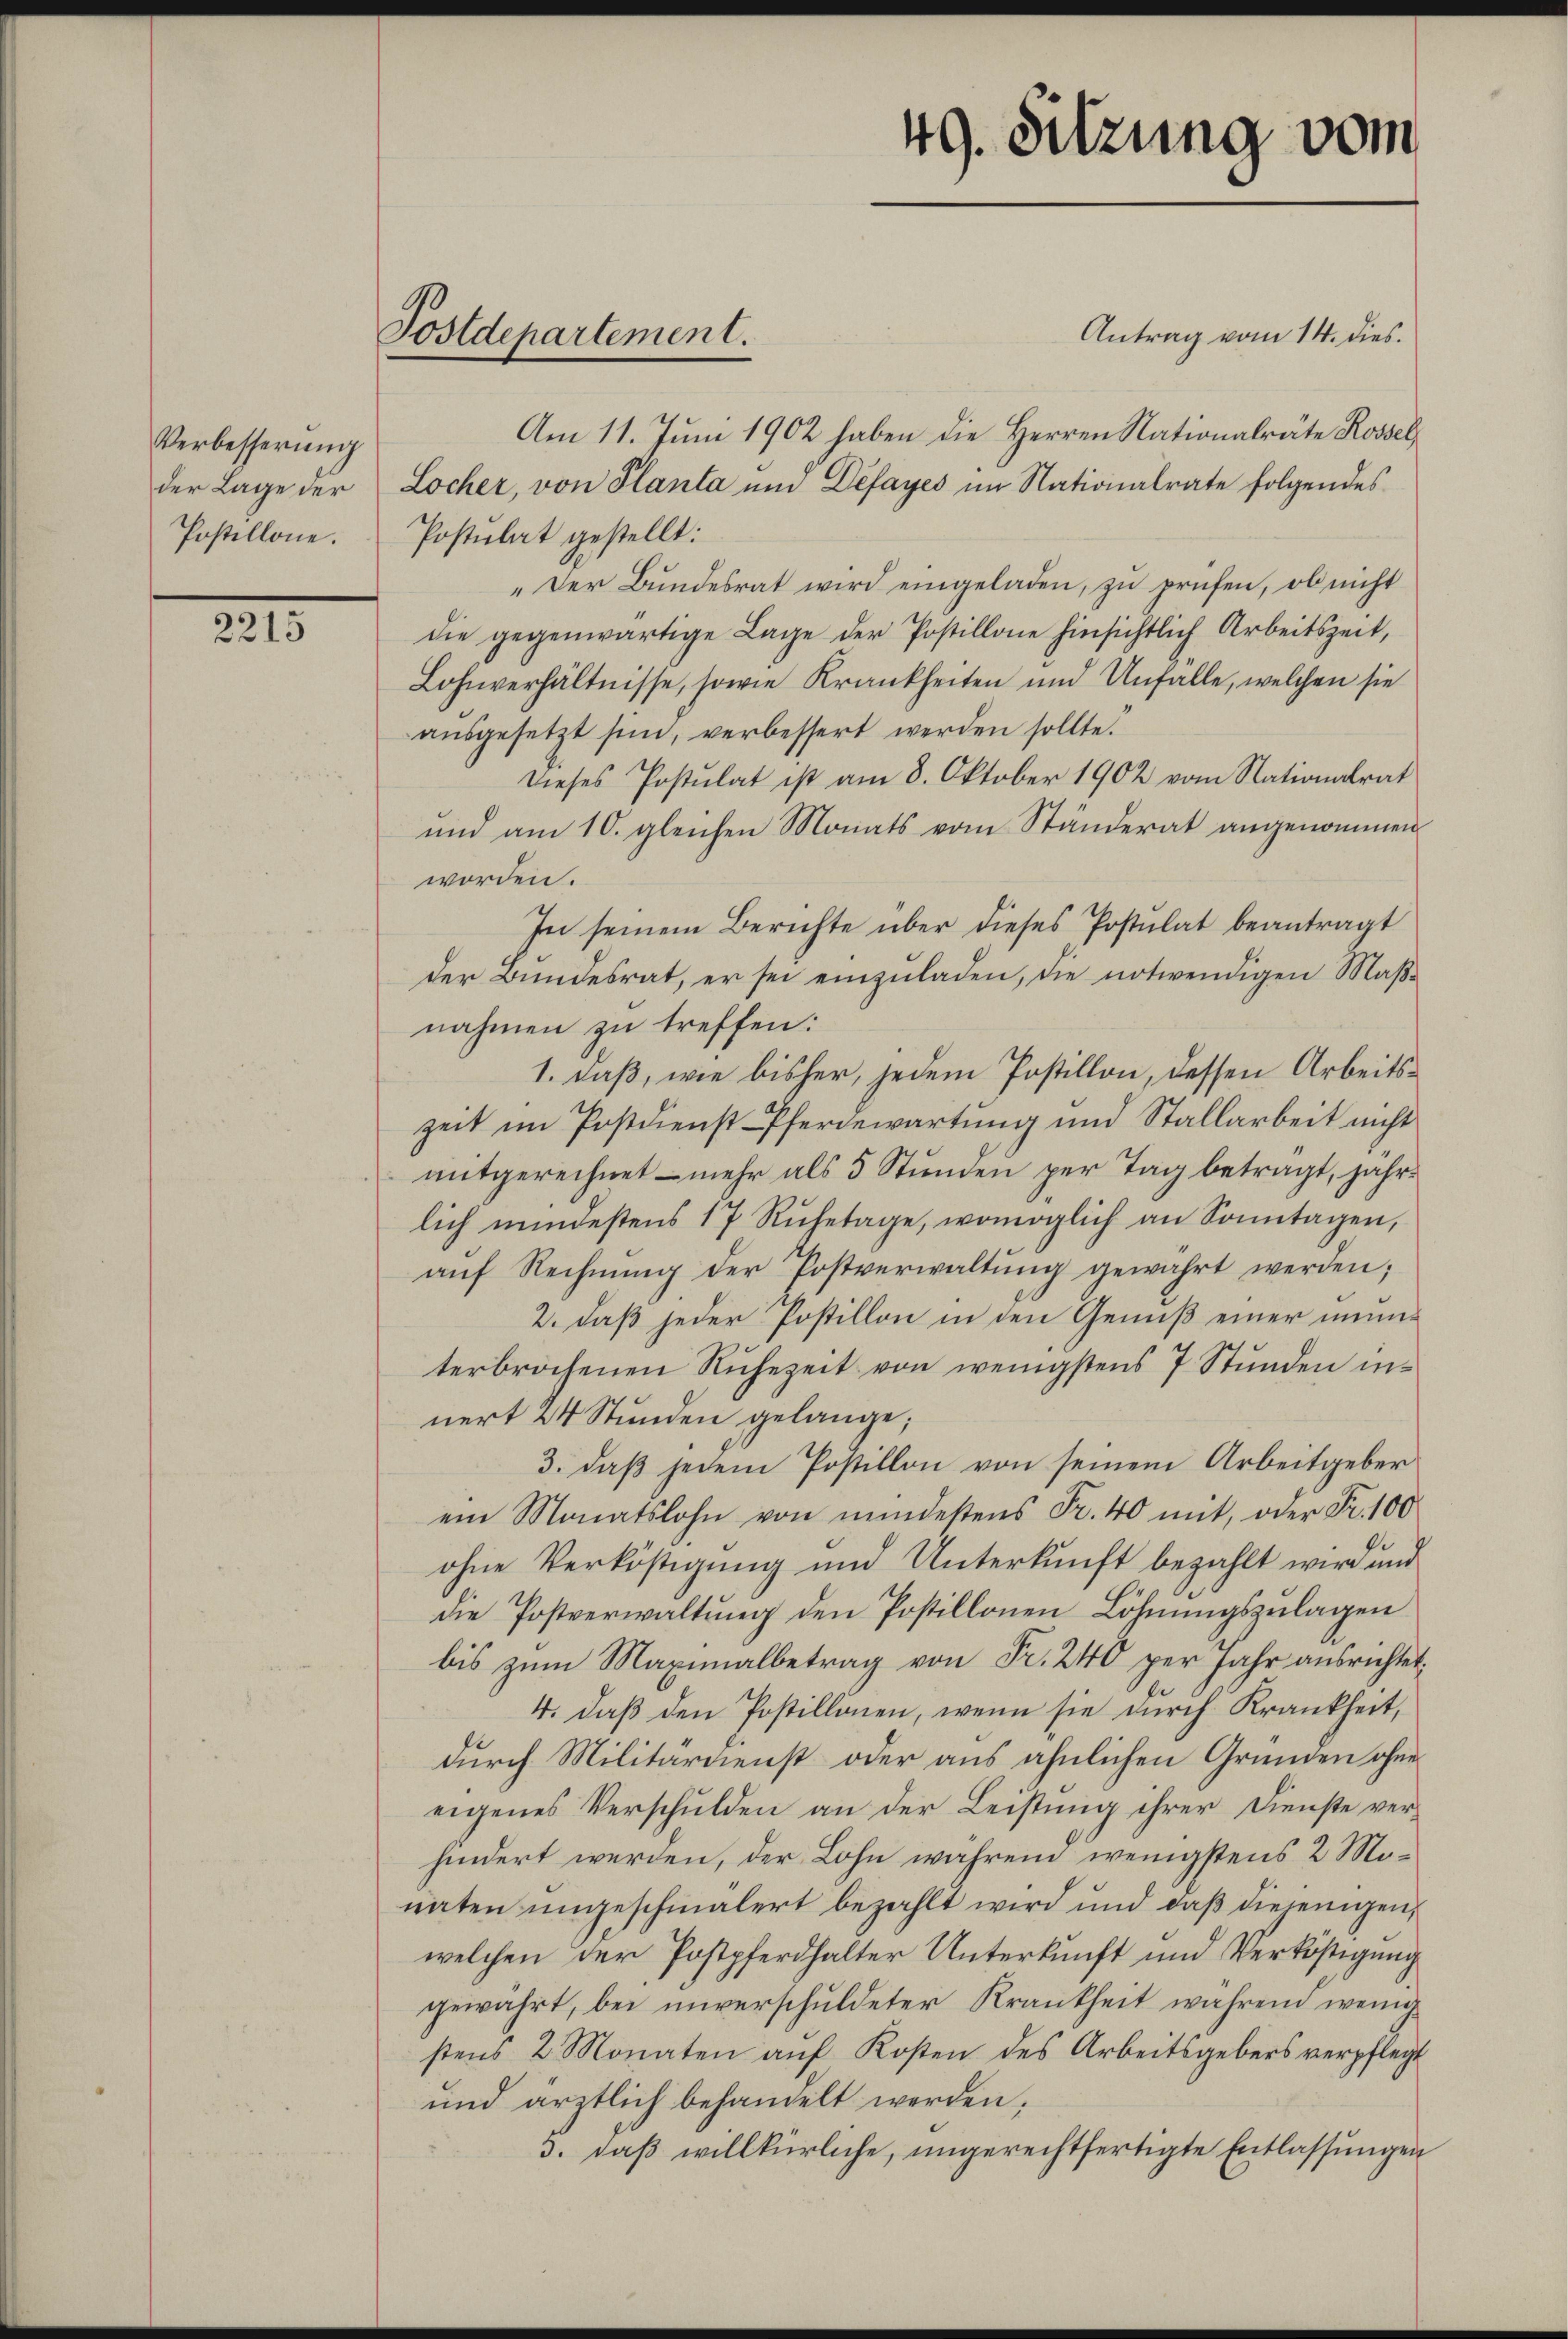
Verbesserung
der Lage der
Postillone.

2215

Postdepartement.

Antrag vom 14. dies.
Am 11. Juni 1902 haben die Herren Nationalräte Rossel
Locher, von Planta um Défayes im Nationalrate folgendes
Postulat gestellt:
"Der Bundesrat wird eingeladen, zu prüfen, ob nicht
die gegenwärtige Lage der Postillone hinsichtlich Arbeitszeit,
Lohnverhältnisse, sowie Krankheiten und Unfalle, welchen sie
ausgesetzt sind, verbessert werden sollte?
Dieses Postulat ist am 8. Oktober 1902 vom Nationalrat
und am 10. gleichen Monats vom Ständerat angenommen
worden.
In seinem Berichte über dieses Postulat beantragt
der Bundesrat, er sei einzŭladen, die notwendigen Maßnahmen zu treffen:
1. daß, wie bisher, jedem Postillon, dessen Arbeitszeit im Postdienst Pferdewartung und Stallarbeit nicht
mitgerechnet - mehr als 5 Stunden per Tag betragt, jährlich mindestens 17 Rŭhetage, womöglich an Sonntagen,
aŭf Rechnŭng der Postverwaltŭng gewahrt werden;
2. daß jeder Postillon in den Genuß einer umterbrochenen Rŭhezeit von wenigstens 7 Stŭnden innert 24 Stunden gelange;
3. daß jedem Postillon von seinem Arbeitgeber
ein Monatslohn von mindestens Fr. 40 mit, oder Fr. 100
ohne Verköstigung und Unterkunft bezahlt wird und
die Postverwaltung den Postillonen Löhnungszulagen
bis zum Maximalbetrag von Fr. 240 per Jahr ausrichtet:
4. daβ den Postillonen, wenn sie durch Krankheit,
durch Militärdienst oder aus ähnlichen Gründen ohne
eigenes Verschulden an der Leistung ihrer Dienste verhindert werden, der Lohn wahrend wenigstens 2 Monaten ungeschmälert bezahlt wird und daß diejenigen,
welchen der Postpferdhalter Unterkunft und Verköstigung
gewährt, bei unverschuldeter Krankheit während wenig
stens 2 Monaten aŭf Kosten des Arbeitsgebers verpflegt
und ärztlich behandelt werden,
3. daβ willkürliche, ungerechtfertigte Entlassungen

49. Sitzung vom